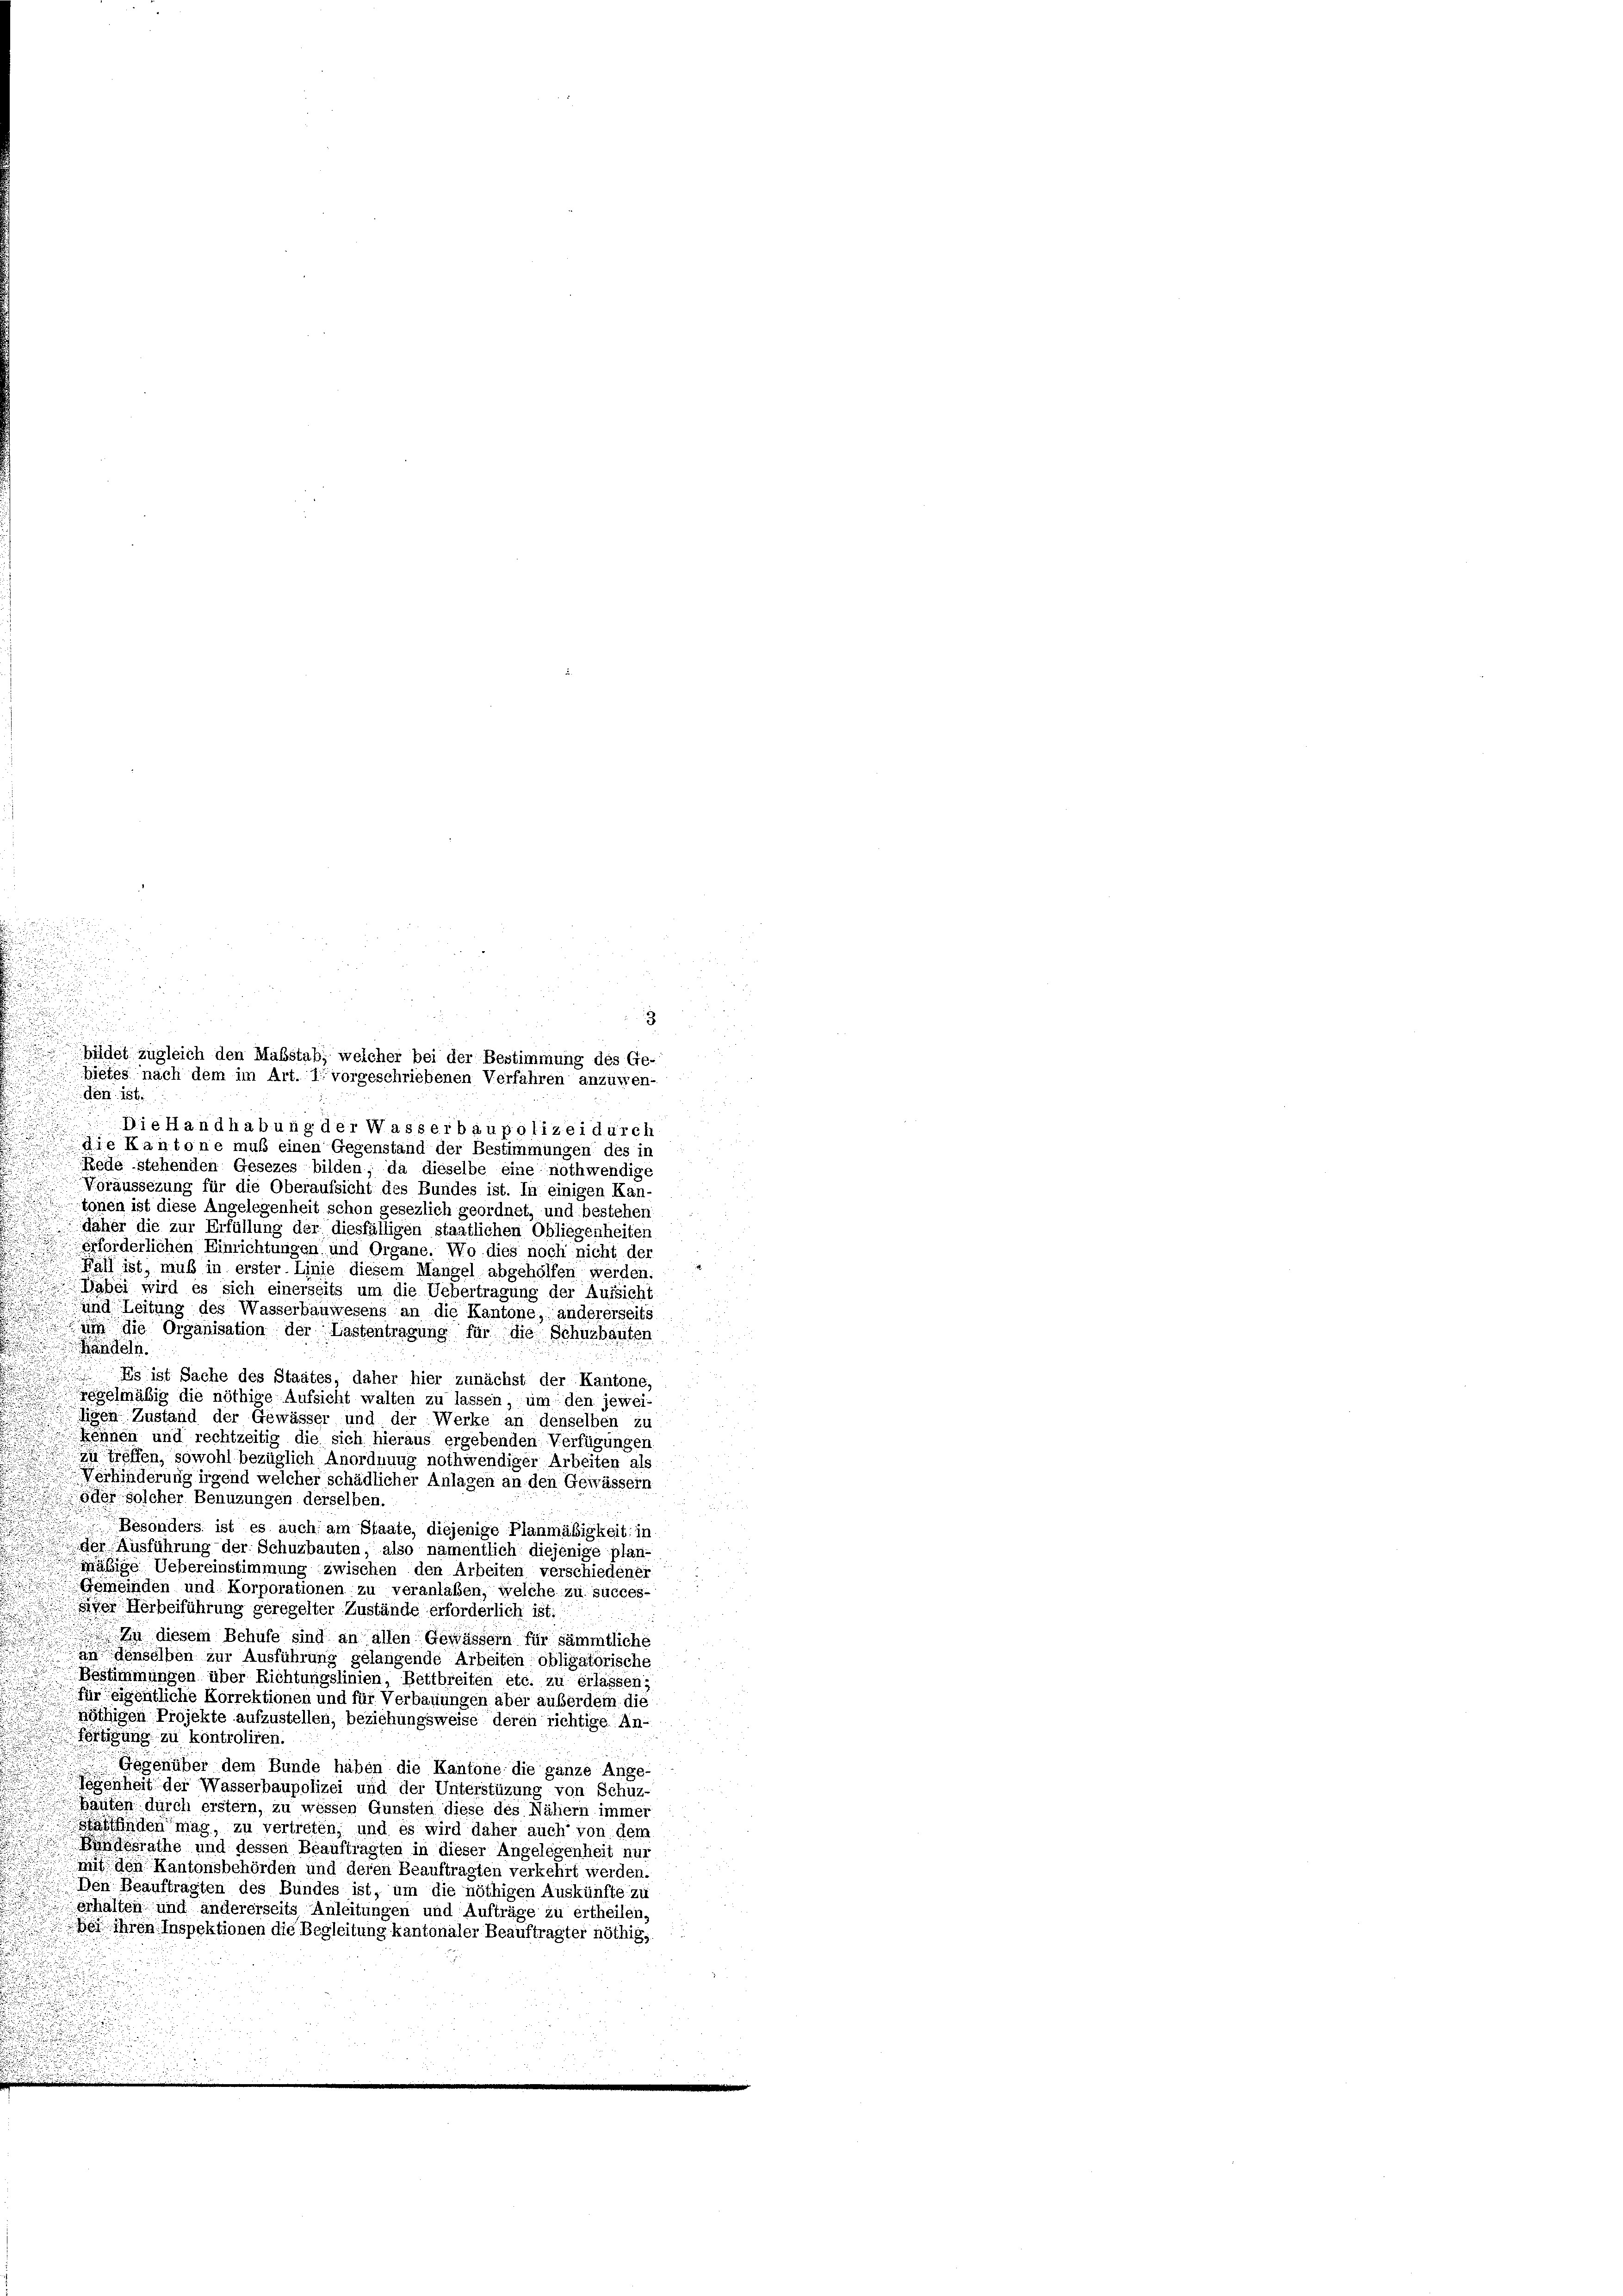
den ist.
Die Handhabung der Wasserbaupolizei durch
die Kantone muß einen Gegenstand der Bestimmungen des in
Rede stehenden Gesezes bilden; da dieselbe eine nothwendige
Veräussezung für die Oberaufsicht des Bundes ist. In einigen Kan-
.
tönen ist diese Angelegenheit schon gesezlich geordnet, und bestehen
fäher die zur Erfüllung der diesfälligen staatlichen Obliegenheiten
erforderlichen Einrichtungen und Organe. Wo dies noch nicht der
Wahl ist, muß in erster. Linie diesem Mangel abgeholfen werden.
Dabei wird es sich einerseits um die Uebertragung der Aufsicht
und Leitung des Wasserbauwesens an die Kantone, andererseits
um die Organisation der Lastentragung für die Schulbauten
Händeln.
Es ist Sache des Staates, daher hier zunächst der Kantone,
oelmäßig die nöthige Aufsicht walten zu lassen, um den jeweiigen Zustand der Gewässer und der Werke an denselben zu
Wehnen und rechtzeitig die sich hieraus ergebenden Verfügungen,
zu treffen, sowohl bezüglich Anordnung nothwendiger Arbeiten als
Verhinderung irgend welcher schädlicher Anlagen an den Gewässern
oder solcher Benuzungen derselben.
Besonders ist es auch am Staate, diejenige Planmäßigkeit: in
der Ausführung der Schuzbauten, also namentlich diejenige plan-
mäsige Uebereinstimmung zwischen den Arbeiten verschiedener
.
Gemeinden und Korporationen zu veranlaßen, welche zu succes-
ver Herbeiführung geregelter Zustände erforderlich ist.
 In diesem Behufe sind an allen Gewässern für sämmtliche
an denselben zur Ausführung gelangende Arbeiten obligatorische
.
Bestimmungen über Richtungslinien, Bettbreiten etc. zu erlassen;
n
für eigentliche Korrektionen und für Verbauungen aber außerdem die
nöthigen Projekte aufzustellen, beziehungsweise deren richtige An-
förtigung zu kontroliren.
Gegenüber dem Bunde haben die Kantone die ganze Ange-
Gegenheit der Wasserbaupolizei und der Unterstüzung von Schuz-
Bauten durch erstem, zu wessen Gunsten diese des Nähern immer
sfinden mag, zu vertreten, und es wird daher auch von dem
Bundesrathe und dessen Beauftragten in dieser Angelegenheit nur
mit den Kantonsbehörden und deren Beauftragten verkehrt werden.
Den Beauftragten des Bundes ist, um die nöthigen Auskünfte zu
erhalten und andererseits Anleitungen und Aufträge zu ertheilen,
u
Bei ihren Inspektionen die Begleitung kantonaler Beauftragter nöthig,

3
bildet zugleich den Maßstab, welcher bei der Bestimmung des Ge-
bietes nach dem im Art. 1 vorgeschriebenen Verfahren anzusen-